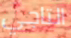
التاجي